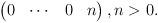
LaTeX: \begin{align*}\begin{pmatrix}0 & \cdots & 0 & n\end{pmatrix},n > 0.\end{align*}